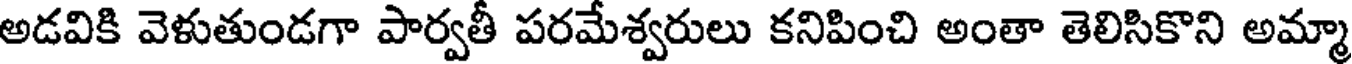
అడవికి వెళుతుండగా పార్వతీ పరమేశ్వరులు కనిపించి అంతా తెలిసికొని అమ్మా